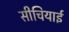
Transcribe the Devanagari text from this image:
सीचियाई